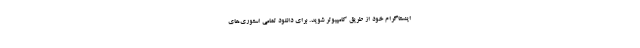
اینستاگرام خود از طریق کامپیوتر شوید. برای دانلود تمامی استوری‌های